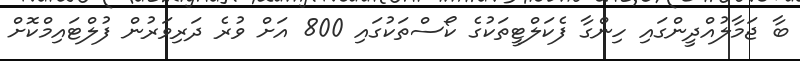
ބާ ޖަމާލުއްދީންގައި ހިންގާ ފެކަލްޓީތަކުގެ ކޯސްތަކުގައި 800 އަށް ވުރެ ދަރިވަރުން ފުލްޓައިމްކޮށް